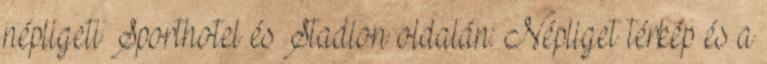
népligeti Sporthotel és Stadion oldalán: Népliget térkép és a